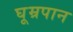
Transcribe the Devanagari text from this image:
घूम्रपान